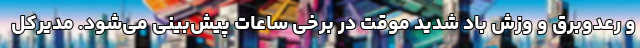
و رعدوبرق و وزش باد شدید موقت در برخی ساعات پیش‌بینی می‌شود. مدیرکل